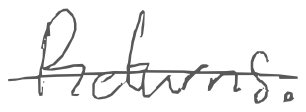
Text: Returns.
Cross-out: single-line
Writing tool: digital_gray